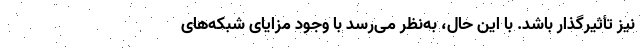
نیز تأثیرگذار باشد. با این حال، به‌نظر می‌رسد با وجود مزایای شبکه‌های